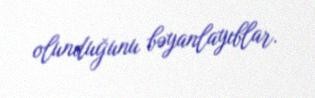
olunduğunu bəyanlayıblar.